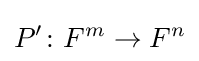
P'\colon F^{m}\rightarrow F^{n}